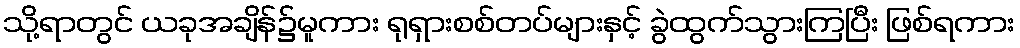
သို့ရာတွင် ယခုအချိန်၌မူကား ရုရှားစစ်တပ်များနှင့် ခွဲထွက်သွားကြပြီး ဖြစ်ရကား